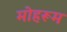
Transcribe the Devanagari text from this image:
मोहरूम